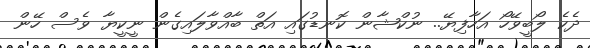
ދެކެ ލޯބީވޭހޯ އަހާފިޔޭ.. ނުކްޝާން ކޮނޑުގައި އަތް ބާއްވާލައިގެން ނީކީޔާ ވެސް ހޭން